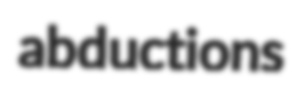
abductions